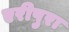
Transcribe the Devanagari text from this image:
एरीपुरा